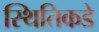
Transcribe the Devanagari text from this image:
स्थितिकडे